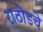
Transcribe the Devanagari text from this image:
राठोडचे